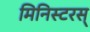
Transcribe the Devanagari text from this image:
मिनिस्टरस्